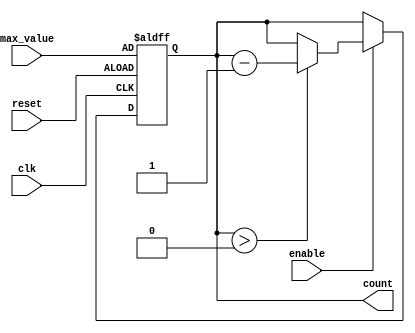
module decremental_counter (
    input wire clk,            // Clock signal
    input wire reset,          // Asynchronous reset signal
    input wire enable,         // Enable signal for counting
    input wire [7:0] max_value, // Configurable maximum value (8-bit for example)
    output reg [7:0] count     // Current count value (8-bit)
);

    // Always block for synchronous operations
    always @(posedge clk or posedge reset) begin
        if (reset) begin
            // Reset the count to max_value
            count <= max_value;
        end else if (enable) begin
            // Decrement the count if it's greater than 0
            if (count > 0) begin
                count <= count - 1;
            end
            // If count is 0, it remains 0 (no need to handle explicitly)
        end
    end

endmodule